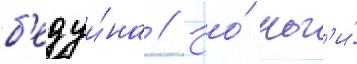
б'едуи́на // Ео́ ног'и́